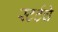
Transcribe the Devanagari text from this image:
स्टर्टचे